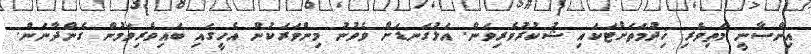
އިންސާނީ މަތިވެރި ޚިދުމަތަށްޓަކައި ޝުކުރުވެރިވަން. އަޅުގަނޑަށް ވެވުނު މިންވަރަކުން އެހީގައި ބައިވެރިވަމުން ގެންދާނަން.